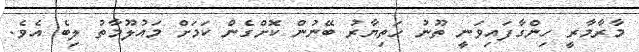
މާރާމާރީ ހިންގާފައިވަނީ ތޫނު ހަތިޔާރު ބޭނުން ކޮށްގެން ކަމަށް މައުލޫމާތު ލިބެ އެވެ.